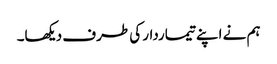
ہم نے اپنے تیماردار کی طرف دیکھا۔